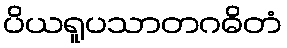
ပိယရူပသာတဂဓိတံ